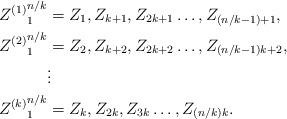
LaTeX: \begin{align*} {Z^{(1)}}_{1}^{n/k} &= Z_1,Z_{k+1},Z_{2k+1}\dotsc,Z_{(n/k -1)+1}, \\ {Z^{(2)}}_{1}^{n/k} &= Z_2,Z_{k+2},Z_{2k+2}\dotsc,Z_{(n/k -1)k+2}, \\ &\vdots\\ {Z^{(k)}}_{1}^{n/k} &= Z_{k},Z_{2k},Z_{3k}\dotsc,Z_{(n/k)k}.\end{align*}